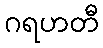
ဂရဟတီ